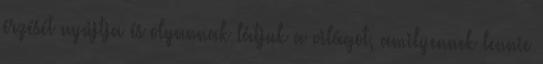
érzését nyújtja és olyannak látjuk a világot, amilyennek lennie